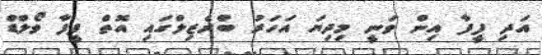
އަދި ފީފާ އިން ވަނީ މިދިޔަ އަހަރު ބްރެޒިލްގައި އޮތް ފީފާ ވޯލްޑް